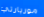
موريارتي